Leprosy in India: report of the Leprosy Commission in India, 1890-91
Year: 1890
Disease focus: Leprosy
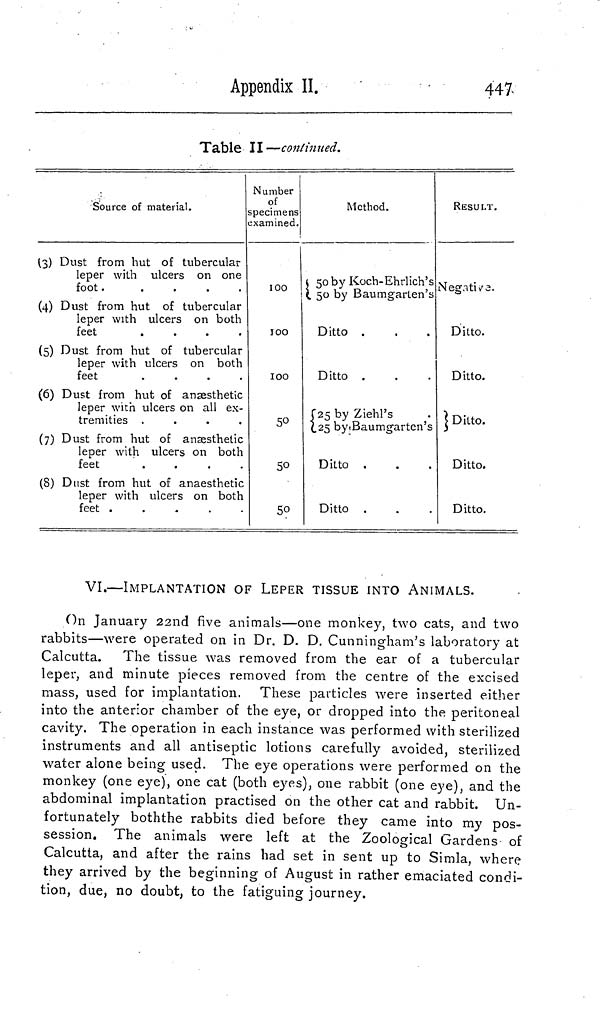
Appendix II.
447
Table II—continued.
(3)
(4)
(5)
(6)
(7)
(8)
Source of material.
Dust from hut of tubercular
leper with ulcers on one
foot.
.
Dust from hut of tubercular
leper with ulcers on both
feet
....
Dust from hut of tubercular
leper with ulcers on both
feet
....
Dust from hut of anaesthetic
leper with ulcers on all ex-
tremities
....
Dust from hut of anaesthetic
leper with ulcers on both
feet
....
Dust from hut of anaesthetic
leper with ulcers on both
feet
Number
of
specimens
examined.
100
100
100
5°5
0
50
Method.
50 by Koch-Ehrlich's
50 by Baumgarten's
Ditto .
Ditto .
25 by Ziehl's
25 by Baumgarten's
Ditto .
Ditto .
RESULT.
Negativa.
Ditto.
Ditto.
Ditto.
Ditto.
Ditto.
VI.—IMPLANTATION OF LEPER TISSUE INTO ANIMALS.
On January 22nd five animals—one monkey, two cats, and two
rabbits—were operated on in Dr. D. D. Cunningham's laboratory at
Calcutta. The tissue was removed from the ear of a tubercular
leper, and minute pieces removed from the centre of the excised
mass, used for implantation. These particles were inserted either
into the anterior chamber of the eye, or dropped into the peritoneal
cavity. The operation in each instance was performed with sterilized
instruments and all antiseptic lotions carefully avoided, sterilized
water alone being used. The eye operations were performed on the
monkey (one eye), one cat (both eyes), one rabbit (one eye), and the
abdominal implantation practised on the other cat and rabbit. Un-
fortunately both the rabbits died before they came into my pos-
session. The animals were left at the Zoological Gardens of
Calcutta, and after the rains had set in sent up to Simla, where
they arrived by the beginning of August in rather emaciated condi-
tion, due, no doubt, to the fatiguing journey.